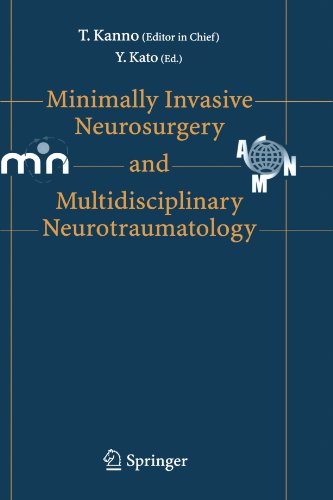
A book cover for Minimally Invasive Neurosurgery and Neurotraumatology; Medical Books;